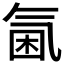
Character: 𣱣